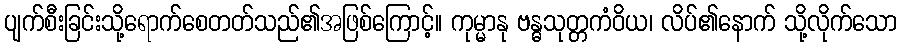
ပျက်စီးခြင်းသို့ရောက်စေတတ်သည်၏အဖြစ်ကြောင့်။ ကုမ္မာနု ဗန္ဓသုတ္တကံဝိယ၊ လိပ်၏နောက် သို့လိုက်သော